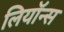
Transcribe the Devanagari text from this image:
लियॉन्स